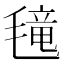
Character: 𱥤